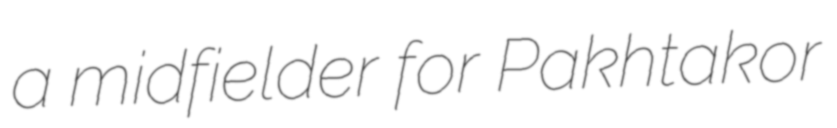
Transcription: a midfielder for Pakhtakor